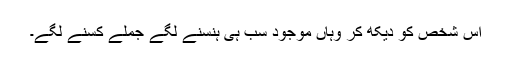
اس شخص کو دیکھ کر وہاں موجود سب ہی ہنسنے لگے جملے کسنے لگے۔